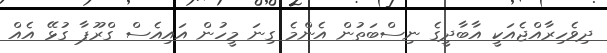
ދިވެހިރާއްޖެއަކީ އާބާދީގެ ނިސްބަތުން އެންމެ ގިނަ މީހުން އައިއެސް ގްރޫޕާ ގުޅޭ އެއް